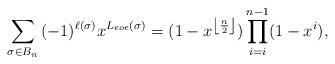
LaTeX: \begin{align*}\sum_{\sigma \in B_n}{(-1)^{\ell(\sigma)}x^{L_{eoe}(\sigma)}}=(1-x^{\left\lfloor \frac{n}{2}\right\rfloor})\prod_{i=i}^{n-1} (1-x^i ),\end{align*}